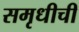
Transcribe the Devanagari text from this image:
समृधीची